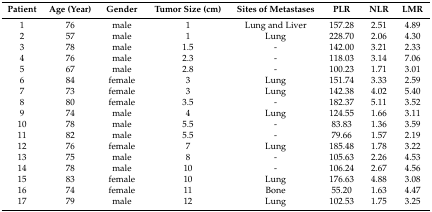
<table><thead><tr><td><b>Patient</b></td><td><b>Age (Year)</b></td><td><b>Gender</b></td><td><b>Tumor Size (cm)</b></td><td><b>Sites of Metastases</b></td><td><b>PLR</b></td><td><b>NLR</b></td><td><b>LMR</b></td></tr></thead><tbody><tr><td>1</td><td>76</td><td>male</td><td>1</td><td>Lung and Liver</td><td>157.28</td><td>2.51</td><td>4.89</td></tr><tr><td>2</td><td>57</td><td>male</td><td>1</td><td>Lung</td><td>228.70</td><td>2.06</td><td>4.30</td></tr><tr><td>3</td><td>78</td><td>male</td><td>1.5</td><td>-</td><td>142.00</td><td>3.21</td><td>2.33</td></tr><tr><td>4</td><td>76</td><td>male</td><td>2.3</td><td>-</td><td>118.03</td><td>3.14</td><td>7.06</td></tr><tr><td>5</td><td>67</td><td>male</td><td>2.8</td><td>-</td><td>100.23</td><td>1.71</td><td>3.01</td></tr><tr><td>6</td><td>84</td><td>female</td><td>3</td><td>Lung</td><td>151.74</td><td>3.33</td><td>2.59</td></tr><tr><td>7</td><td>73</td><td>female</td><td>3</td><td>Lung</td><td>142.38</td><td>4.02</td><td>5.40</td></tr><tr><td>8</td><td>80</td><td>female</td><td>3.5</td><td>-</td><td>182.37</td><td>5.11</td><td>3.52</td></tr><tr><td>9</td><td>74</td><td>male</td><td>4</td><td>Lung</td><td>124.55</td><td>1.66</td><td>3.11</td></tr><tr><td>10</td><td>78</td><td>male</td><td>5.5</td><td>-</td><td>83.83</td><td>1.36</td><td>3.59</td></tr><tr><td>11</td><td>82</td><td>male</td><td>5.5</td><td>-</td><td>79.66</td><td>1.57</td><td>2.19</td></tr><tr><td>12</td><td>76</td><td>female</td><td>7</td><td>Lung</td><td>185.48</td><td>1.78</td><td>3.22</td></tr><tr><td>13</td><td>75</td><td>male</td><td>8</td><td>-</td><td>105.63</td><td>2.26</td><td>4.53</td></tr><tr><td>14</td><td>78</td><td>male</td><td>10</td><td>-</td><td>106.24</td><td>2.67</td><td>4.56</td></tr><tr><td>15</td><td>83</td><td>female</td><td>10</td><td>Lung</td><td>176.63</td><td>4.88</td><td>3.08</td></tr><tr><td>16</td><td>74</td><td>female</td><td>11</td><td>Bone</td><td>55.20</td><td>1.63</td><td>4.47</td></tr><tr><td>17</td><td>79</td><td>male</td><td>12</td><td>Lung</td><td>102.53</td><td>1.75</td><td>3.25</td></tr></tbody></table>